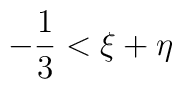
-{1 \over 3}   <   \xi + \eta